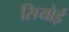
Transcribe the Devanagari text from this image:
सियोई